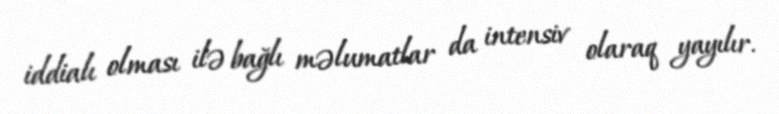
iddialı olması ilə bağlı məlumatlar da intensiv olaraq yayılır.